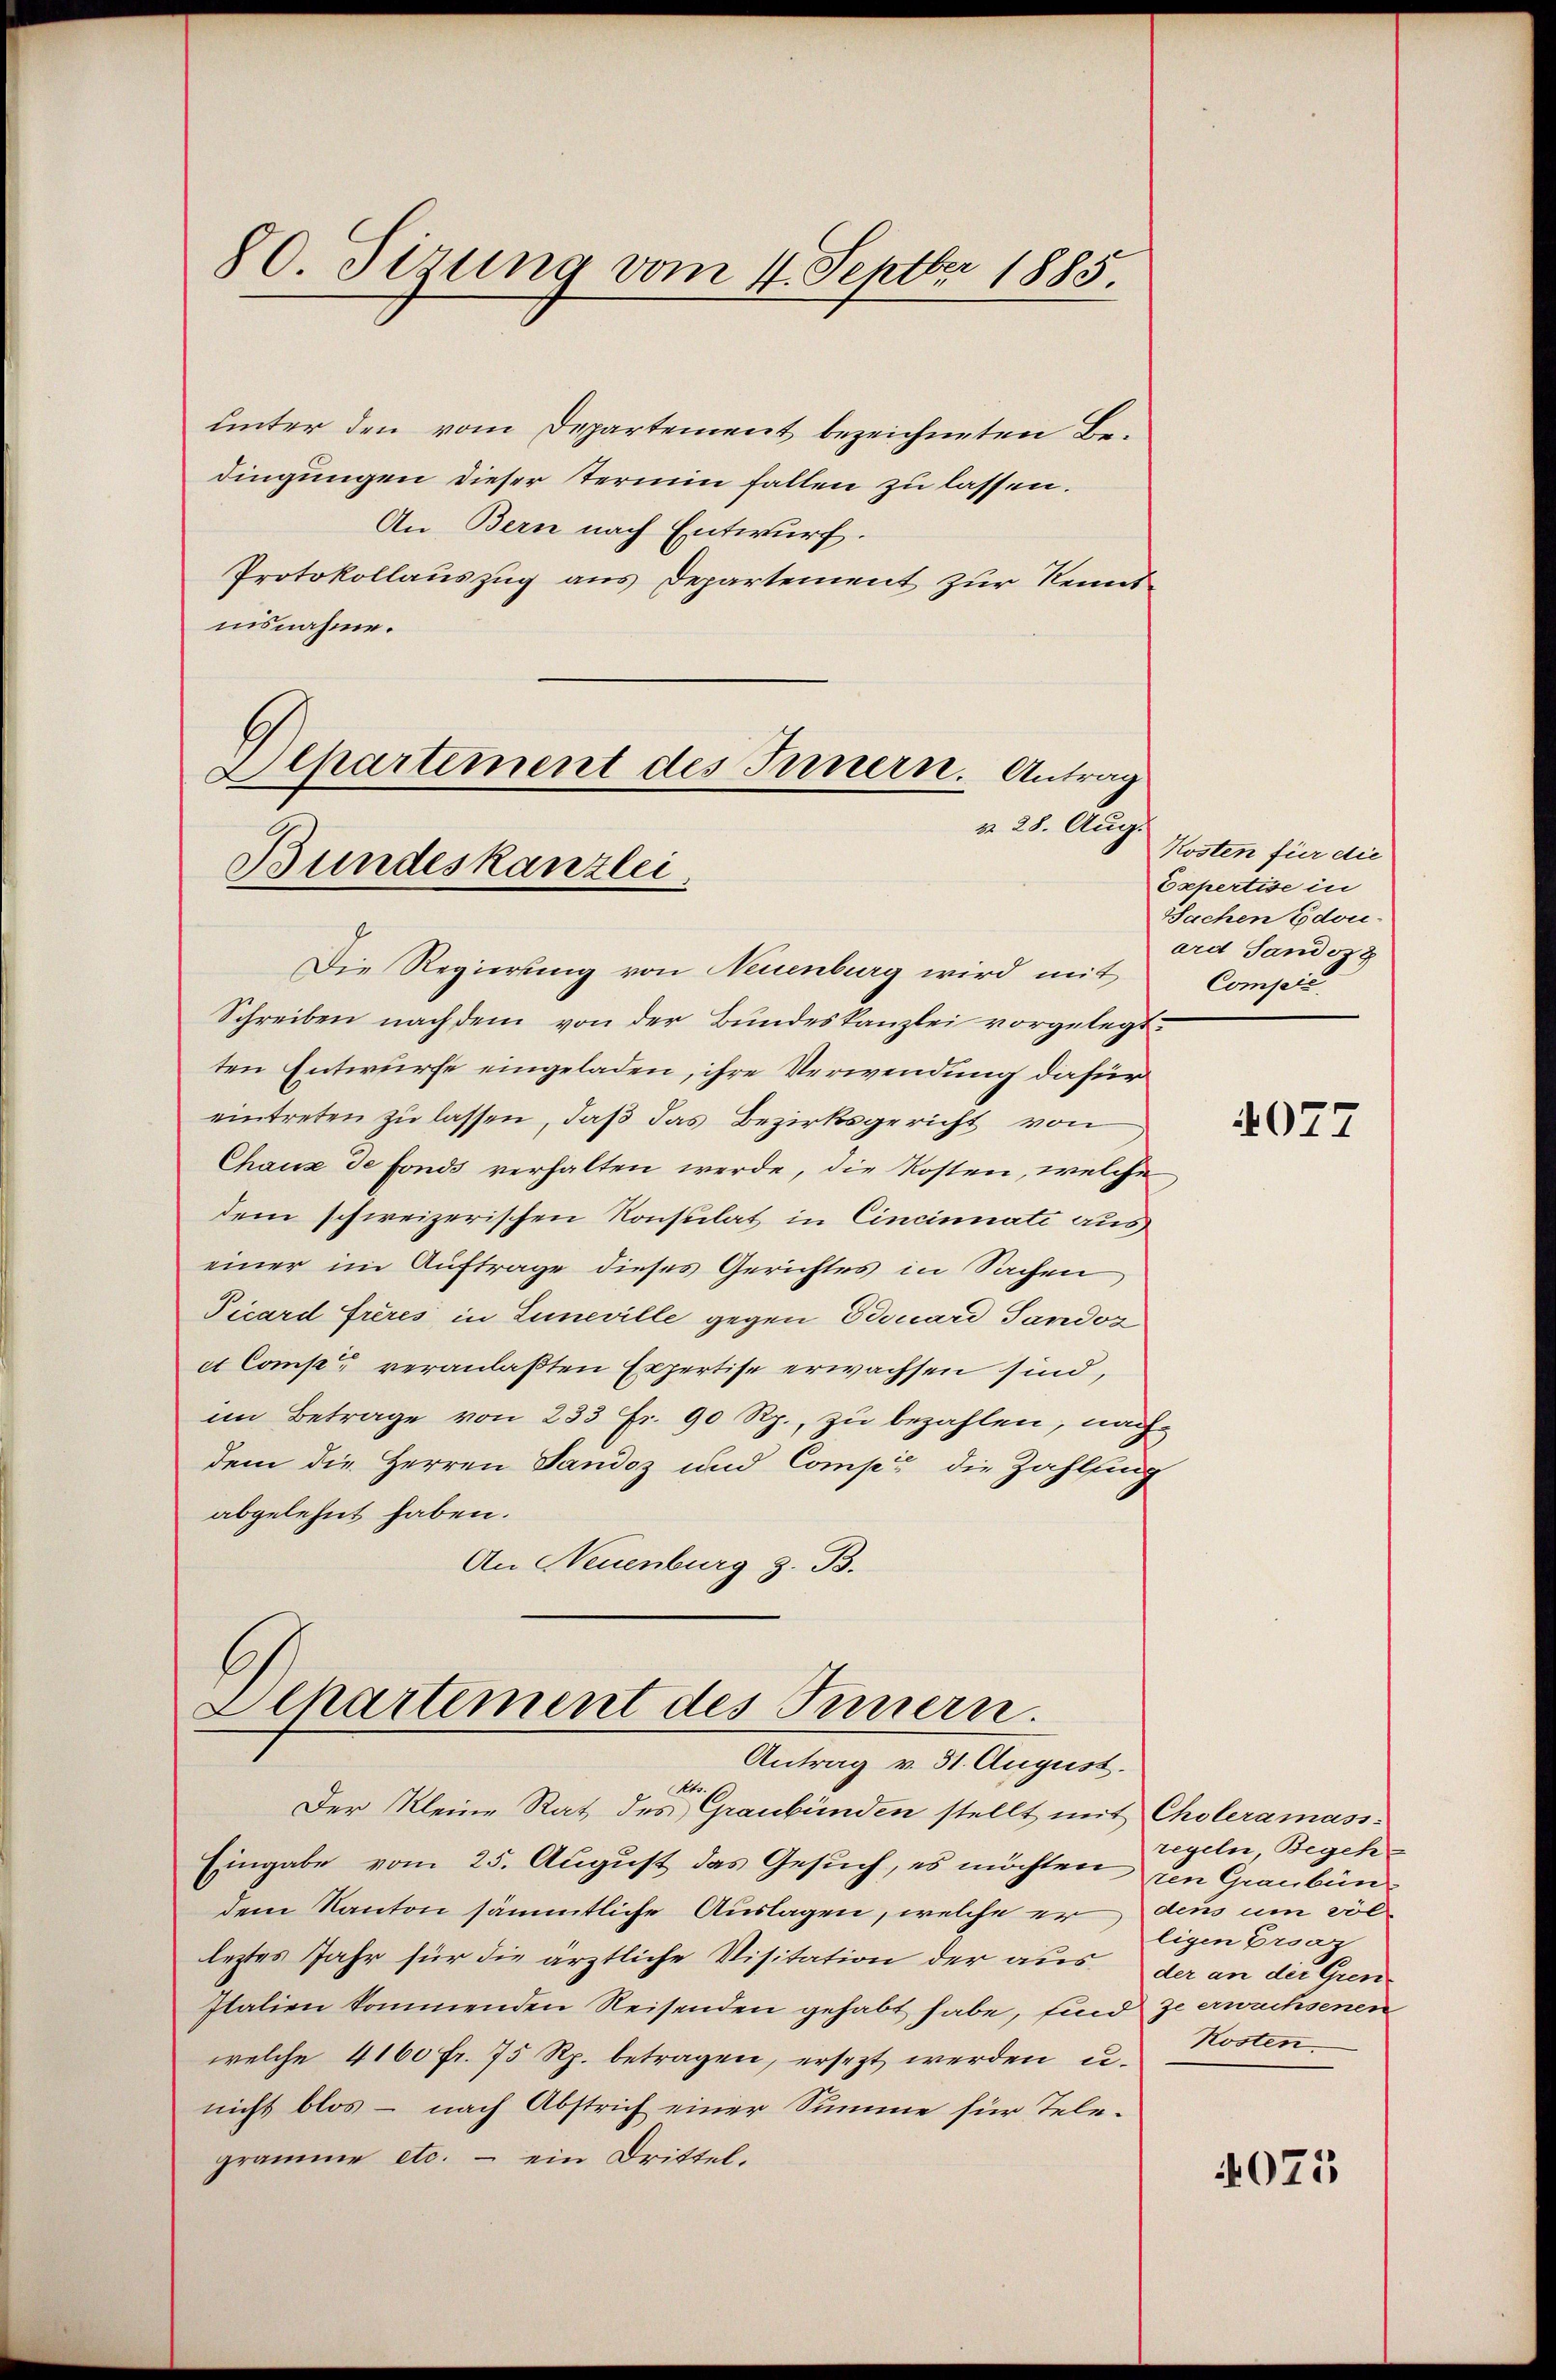
80. Sirung vom 11. Septbr 1885.

unter den vom Departement bezeichneten Bedingungen dieser Termin fallen zu lassen.
An Bern nach Entwurf.
Protokollauszug aus Departement zur Kenntnisnahme.

Lepartement des Innern. Antrag
§. 28. Aug.
Bundeskanzlei.

Die Regierung von Neuenburg wird mit
Schreiben nachdem von der Bundeskanzlei vorgelegt.
ten Entwurfe eingeladen, ihre Verwendung dafür
eintreten zu lassen, daß das Bezirksgericht von
Chaux de fonds verhalten werde, die Kosten, welche
dem schweizerischen Konsulat in Cincinnati aus
einer im Auftrage dieses Gerichtes in Sachen
Picard Frères in Luneville gegen Edouard Sandoz
et Comp. veranlaßten Expertise erwachsen sind,
im Betrage von 233 Fr. 90 Rp., zu bezahlen, nach
dem die Herren Sandoz und Comp. die Zahlfing
abgelehnt haben.
An Neuenburg z. B.
Departement des Innern.
Antrag v. 31. August.
o.
Der Kleine Rat des Graubünden stellt mit Choleramass-
Eingabe vom 25. August das Gesuch, es möchten in Graubündem Kanton sämmtliche Auslagen, welche er deus um völleztes Jahr für die ärztliche Visitation der aus der an der Gren¬
Italien kommenden Reisenden gehabt habe, sind ze erwachsenen
welche 4100 fr. 75 Rp. betragen, ersezt werden u.
nicht blos – nach Abstrich einer Summe für Telegramme etc. – ein Drittel.

Kosten für die
Expertise in
Sachen Edouard Sandsz
Compić

4077

regeln Begeh
ligen Ersaz
Kosten

4075